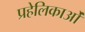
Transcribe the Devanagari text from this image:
प्रहेलिकाओं